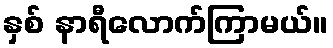
နှစ် နာရီလောက်ကြာမယ်။